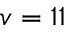
v = 1 1